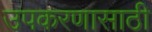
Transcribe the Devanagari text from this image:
उपकरणासाठी